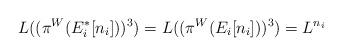
LaTeX: \begin{align*}L((\pi^{W}(E_{i}^{*}[n_{i}]))^{3})=L((\pi^{W}(E_{i}[n_{i}]))^{3})=L^{n_{i}}\end{align*}